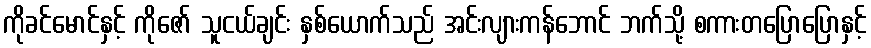
ကိုခင်မောင်နှင့် ကိုဇော် သူငယ်ချင်း နှစ်ယောက်သည် အင်းလျားကန်ဘောင် ဘက်သို့ စကားတပြောပြောနှင့်